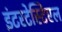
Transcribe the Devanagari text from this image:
इंटरटेस्टिएल